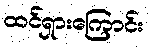
ထင်ရှားကြောင်း